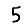
Digit: 5